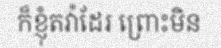
ក៏ខ្ញុំតវ៉ាដែរ ព្រោះមិន